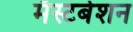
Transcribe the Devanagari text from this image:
मॅस्टर्बेशन